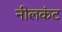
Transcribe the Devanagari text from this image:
नीलकंट